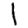
Digit: 1